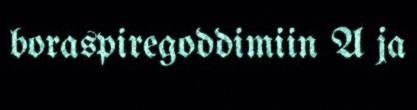
boraspiregoddimiin A ja